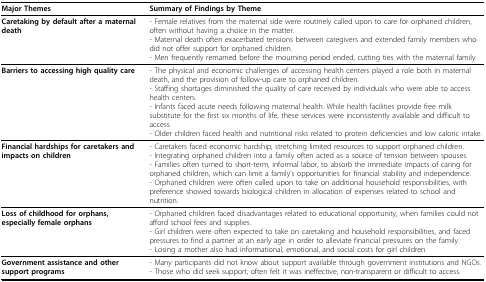
<table><thead><tr><td><b>Major Themes</b></td><td><b>Summary of Findings by Theme</b></td></tr></thead><tbody><tr><td><b>Caretaking by default after a maternal death</b></td><td>- Female relatives from the maternal side were routinely called upon to care for orphaned children, often without having a choice in the matter.- Maternal death often exacerbated tensions between caregivers and extended family members who did not offer support for orphaned children.- Men frequently remarried before the mourning period ended, cutting ties with the maternal family.</td></tr><tr><td><b>Barriers to accessing high quality care</b></td><td>- The physical and economic challenges of accessing health centers played a role both in maternal death, and the provision of follow-up care to orphaned children.- Staffing shortages diminished the quality of care received by individuals who were able to access health centers.- Infants faced acute needs following maternal health. While health facilities provide free milk substitute for the first six months of life, these services were inconsistently available and difficult to access.- Older children faced health and nutritional risks related to protein deficiencies and low caloric intake.</td></tr><tr><td><b>Financial hardships for caretakers and impacts on children</b></td><td>- Caretakers faced economic hardship, stretching limited resources to support orphaned children.- Integrating orphaned children into a family often acted as a source of tension between spouses.- Families often turned to short-term, informal labor, to absorb the immediate impacts of caring for orphaned children, which can limit a family&#x27;s opportunities for financial stability and independence.- Orphaned children were often called upon to take on additional household responsibilities, with preference showed towards biological children in allocation of expenses related to school and nutrition.</td></tr><tr><td><b>Loss of childhood for orphans, especially female orphans</b></td><td>- Orphaned children faced disadvantages related to educational opportunity, when families could not afford school fees and supplies.- Girl children were often expected to take on caretaking and household responsibilities, and faced pressures to find a partner at an early age in order to alleviate financial pressures on the family.- Losing a mother also had informational, emotional, and social costs for girl children.</td></tr><tr><td><b>Government assistance and other support programs</b></td><td>- Many participants did not know about support available through government institutions and NGOs.- Those who did seek support, often felt it was ineffective, non-transparent or difficult to access.</td></tr></tbody></table>